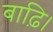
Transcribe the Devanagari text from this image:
बाढ़ि।